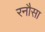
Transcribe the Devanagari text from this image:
रनौसा